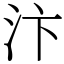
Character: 汴